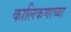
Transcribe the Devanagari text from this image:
कालिकणाच्या